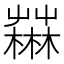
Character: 𣞆